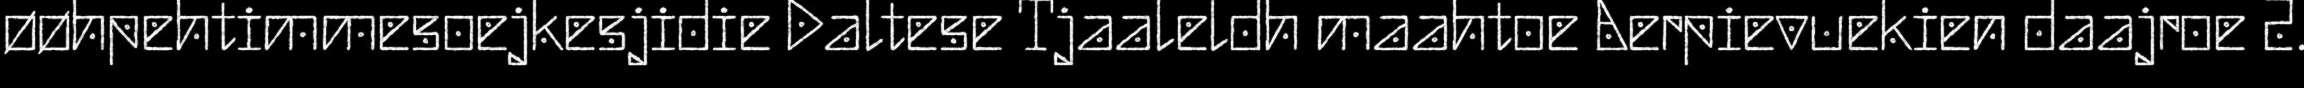
øøhpehtimmesoejkesjidie Daltese Tjaaleldh maahtoe Aerpievuekien daajroe 2.